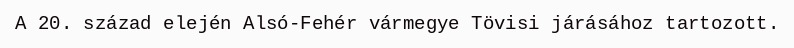
A 20. század elején Alsó-Fehér vármegye Tövisi járásához tartozott.